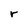
Character: r